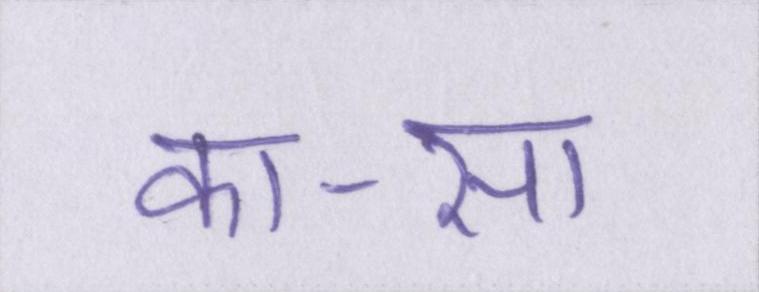
का-सा